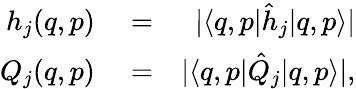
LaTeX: \begin{array}{rlr}{h_{j}(q,p)}&{{}=}&{\vert\langle q,p\vert\hat{h}_{j}\vert q,p\rangle\vert}\\ {Q_{j}(q,p)}&{{}=}&{\vert\langle q,p\vert\hat{Q}_{j}\vert q,p\rangle\vert,}\end{array}